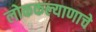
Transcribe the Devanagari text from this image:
लोककल्याणाचे